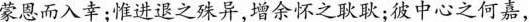
蒙恩而入幸；惟进退之殊异，增余怀之秋耿；彼中心之何嘉，